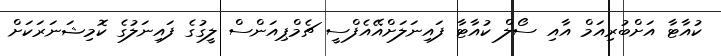
ކުއާޓާ އަށްބުރިއަމް އާއި ސޯލް ކުއާޓާ ފައިނަލަށްއޭއެފްސީ ޗެމްޕިއަންސް ލީގުގެ ފައިނަލުގެ ކޮމިޝަނަރަކަށް